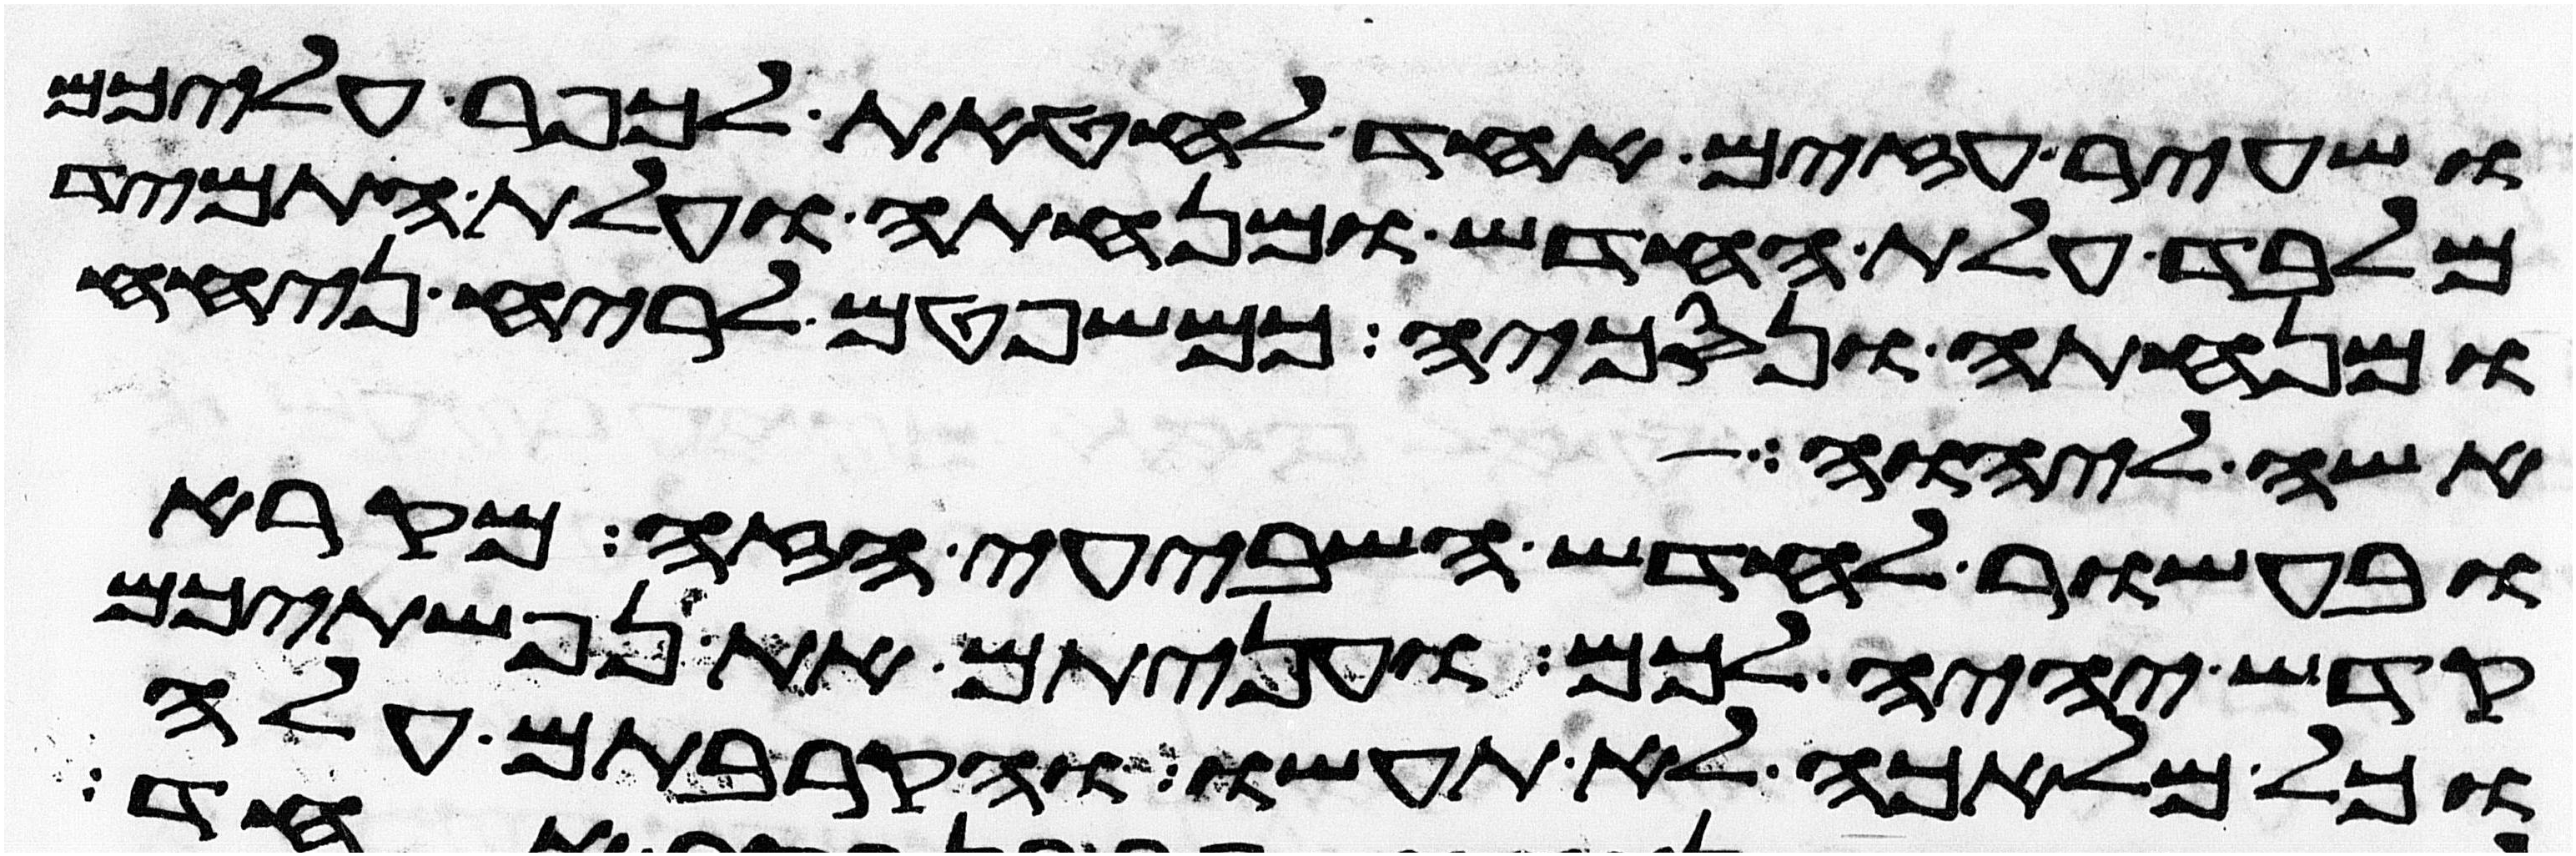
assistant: ושעיר עזים אחד לחטאת לכפר עליכם
מלבד עלת החדש ומנחתה ועלת התמיד
ומנחתה ונסכיה כמשפטם לריח ניחח
אשה ליהוה
ובעשור לחדש השביעי הזה מקרא
קדש יהיה לכם ועניתם את נפשתיכם
וכל מלאכה לא תעשו והקרבתם עלה